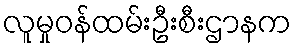
လူမှုဝန်ထမ်းဦးစီးဌာနက